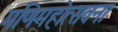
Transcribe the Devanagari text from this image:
मणिमहोत्सवना